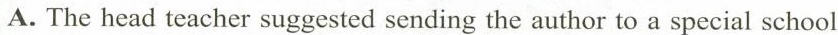
A. The head teacher suggested sending the author to a special school